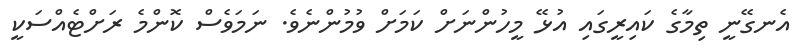
އެނގޭނީ ތިމާގެ ކައިރީގައި އުޅޭ މީހުންނަށް ކަމަށް ވުމުންނެވެ. ނަމަވެސް ކޮންމެ ރަށްޓެއްސަކީ